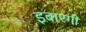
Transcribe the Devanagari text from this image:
इबारगी